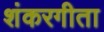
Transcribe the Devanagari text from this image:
शंकरगीता